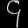
Digit: ၄